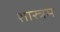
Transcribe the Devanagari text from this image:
शास्त्रम